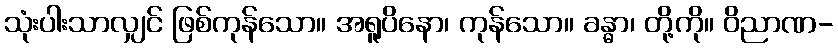
သုံးပါးသာလျှင် ဖြစ်ကုန်သော။ အရူပိနော၊ ကုန်သော။ ခန္ဓာ၊ တို့ကို။ ဝိညာဏ-